King Institute of Preventive Medicine Bacteriolog. Section reports 1907-08
Year: 1907
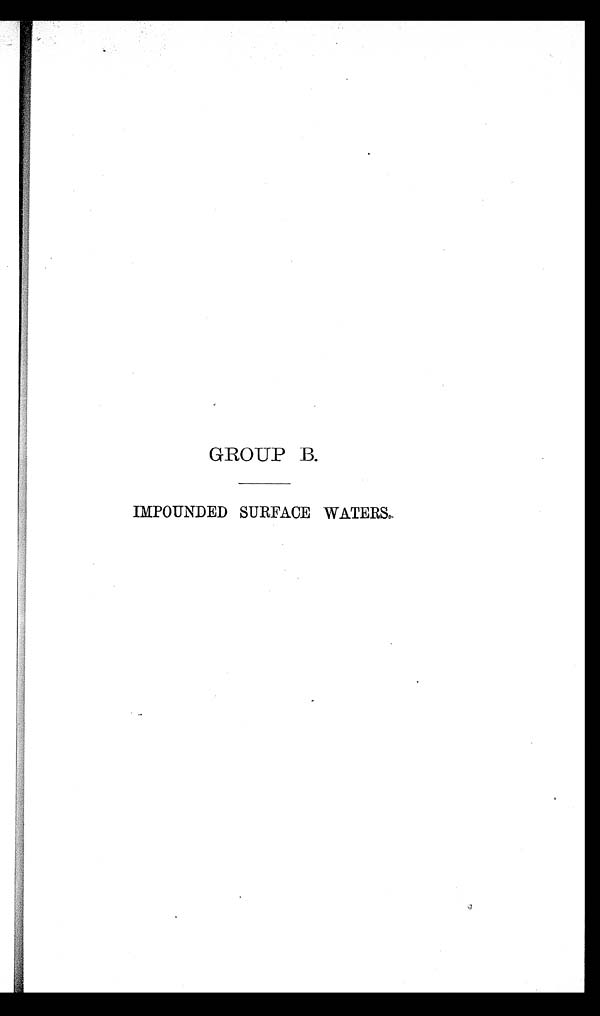
GROUP B.
IMPOUNDED SURFACE WATERS,.